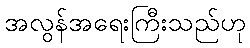
အလွန်အရေးကြီးသည်ဟု